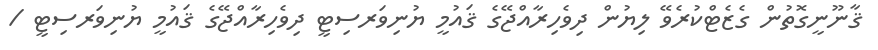
ޤާނޫނީގޮތުން ގެޒެޓްކުރެވޭ ލިޔުން ދިވެހިރާއްޖޭގެ ޤައުމީ ޔުނިވަރސިޓީ ދިވެހިރާއްޖޭގެ ޤައުމީ ޔުނިވަރސިޓީ /